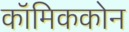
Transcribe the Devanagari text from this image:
कॉमिककोन